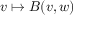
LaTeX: v \mapsto B ( v , w )